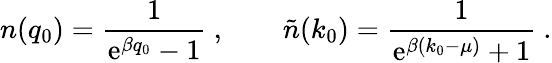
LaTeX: n(q_{0})={\frac{1}{\mathrm{e}^{\beta q_{0}}-1}}\ ,\qquad{\tilde{n}}(k_{0})={\frac{1}{\mathrm{e}^{\beta(k_{0}-\mu)}+1}}\ .